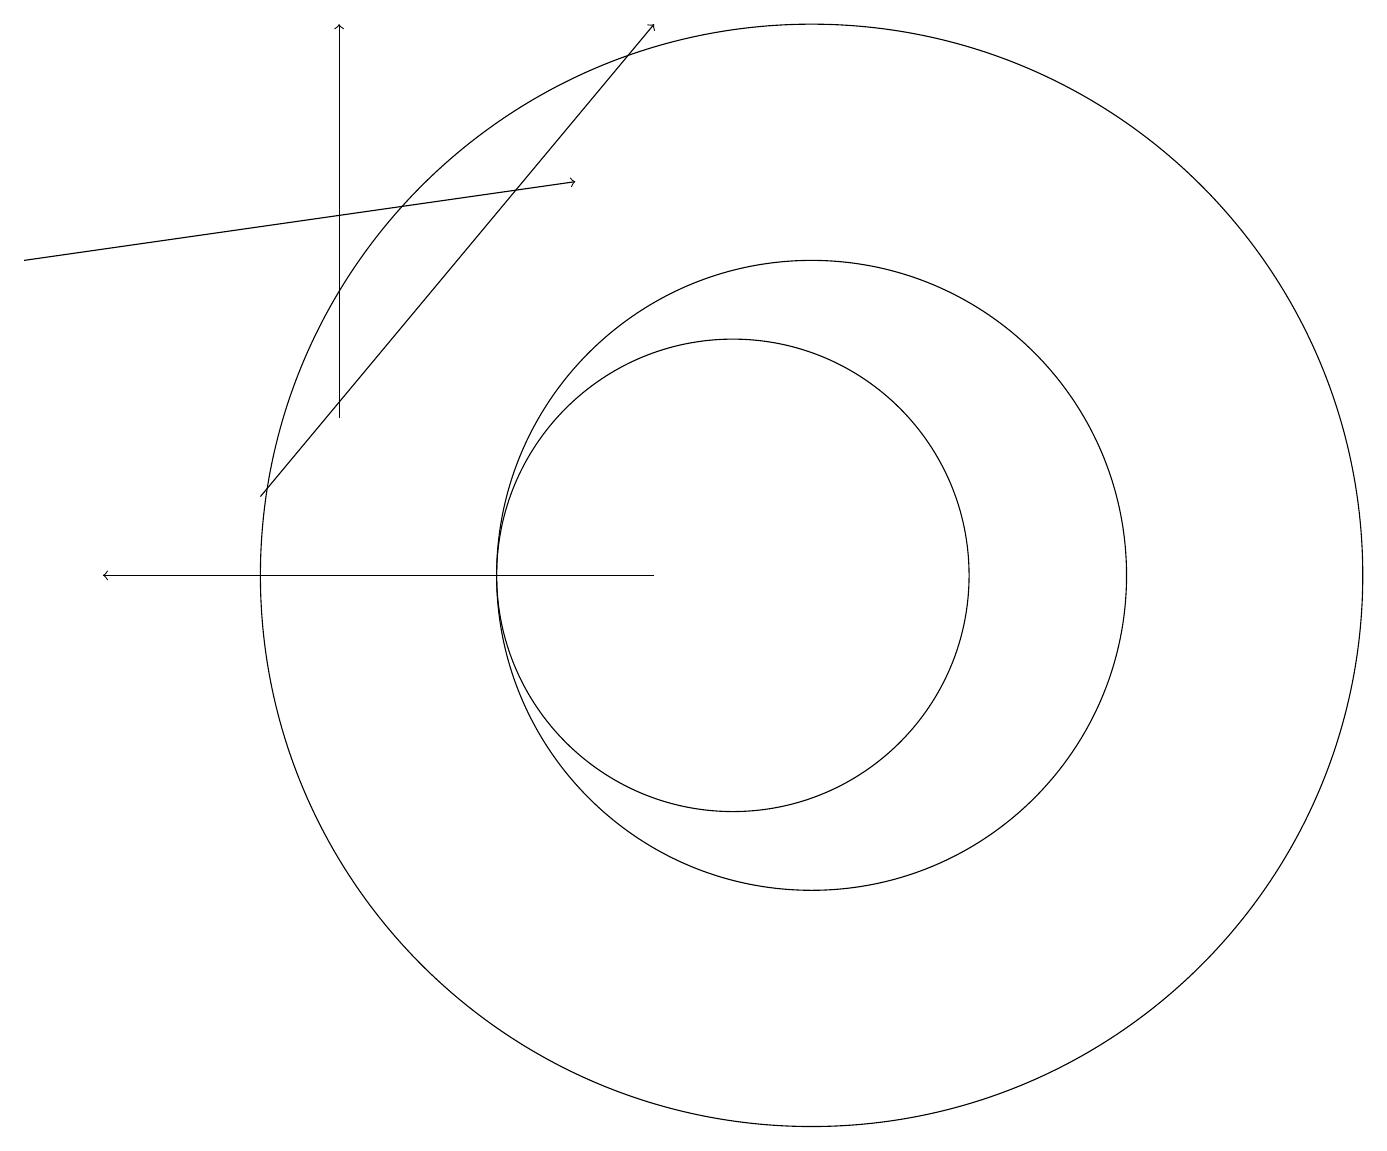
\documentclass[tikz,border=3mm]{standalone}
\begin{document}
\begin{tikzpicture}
\draw[->] (4,12) -- (9,18);
\draw (10,11) circle (3);
\draw[->] (5,13) -- (5,18);
\draw[->] (1,15) -- (8,16);
\draw[->] (9,11) -- (2,11);
\draw (11,11) circle (7);
\draw (11,11) circle (4);
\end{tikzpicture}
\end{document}